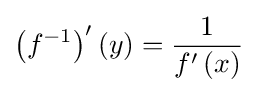
\left(f^{-1}\right)^{\prime }(y)={\frac {1}{f'\left(x\right)}}